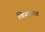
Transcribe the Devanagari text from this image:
बिसपित